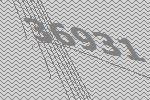
36931